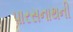
પારસનાથની